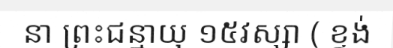
នា ព្រះជន្មាយុ ១៥វស្សា ( ខ្ទង់